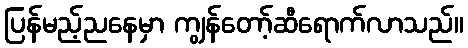
ပြန်မည့်ညနေမှာ ကျွန်တော့်ဆီရောက်လာသည်။